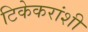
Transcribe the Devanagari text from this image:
टिकेकरांशी